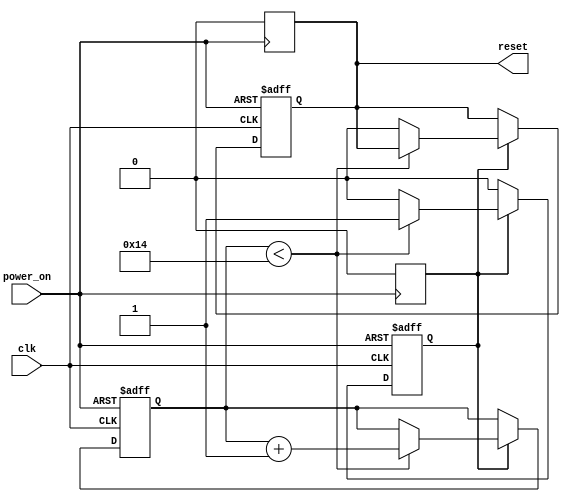
module PowerOnReset (
    input wire clk,          // Clock signal
    input wire power_on,     // Signal indicating power has been applied
    output reg reset         // Reset signal
);

    parameter RESET_DURATION = 20; // Define the duration of the reset in clock cycles
    reg [4:0] counter;  // Counter to track the duration of the reset
    reg reset_active;   // Indicates if the reset is currently active

    // State Machine for Power-On Reset
    always @(posedge clk or posedge power_on) begin
        if (power_on) begin
            // Asynchronously assert reset when power is applied
            reset <= 1'b1;
            reset_active <= 1'b1;
            counter <= 0;
        end else if (reset_active) begin
            if (counter < RESET_DURATION) begin
                counter <= counter + 1; // Increment counter while reset is active
            end else begin
                reset <= 1'b0; // Deassert reset after the specified duration
                reset_active <= 1'b0; // Reset active state
            end
        end
    end
    
    // Ensure reset is deasserted when power_on is low
    always @(negedge power_on) begin
        reset <= 1'b0; // Reset can also be deasserted if power is removed
        reset_active <= 1'b0; // Reset active state
    end
        
endmodule